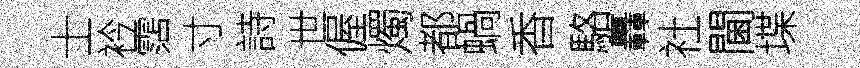
士衿霑寸詩世偓燭都蝸香駱轟社閫堞